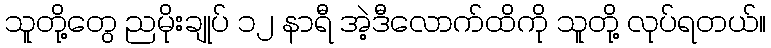
သူတို့တွေ ညမိုးချုပ် ၁၂ နာရီ အဲ့ဒီလောက်ထိကို သူတို့ လုပ်ရတယ်။